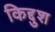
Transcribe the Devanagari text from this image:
किद्दुश